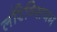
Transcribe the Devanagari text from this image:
लॉरेन्सियम